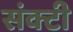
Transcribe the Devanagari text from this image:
संक्टी